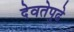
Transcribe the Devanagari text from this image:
देवतेपुढे